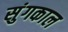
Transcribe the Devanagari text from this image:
सुंगकाल